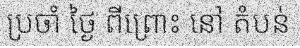
ប្រចាំ ថ្ងៃ ពីព្រោះ នៅ តំបន់